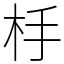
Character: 杽